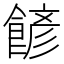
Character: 𩜽